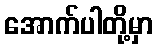
အောက်ပါတို့မှာ